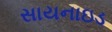
સાયનાઇડ